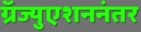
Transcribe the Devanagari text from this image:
ग्रॅज्युएशननंतर